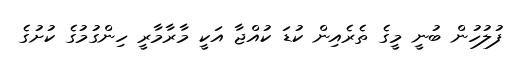
ފުލުހުން ބުނީ މީގެ ތެރެއިން ކުޑަ ކުއްޖާ އަކީ މާރާމާރީ ހިންގުމުގެ ކުށުގެ